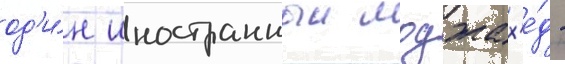
од'и́н иностранныи моджах'е́д -